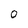
Character: 0